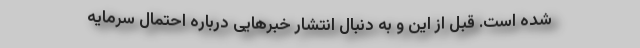
شده است. قبل از این و به دنبال انتشار خبرهایی درباره احتمال سرمایه